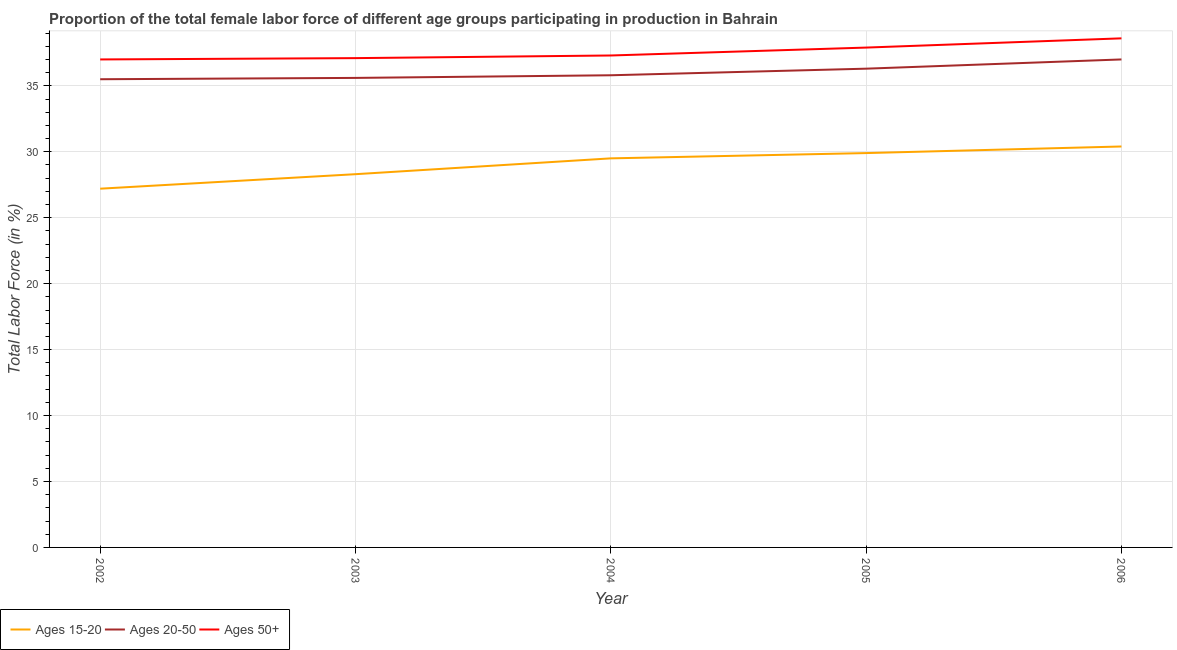
| Year | Ages 15-20 | Ages 20-50 | Ages 50+ |
 | --- | --- | --- | --- |
 | 2002 | 27.2 | 35.5 | 37 |
 | 2003 | 28.3 | 35.6 | 37.1 |
 | 2004 | 29.5 | 35.8 | 37.3 |
 | 2005 | 29.9 | 36.3 | 37.9 |
 | 2006 | 30.4 | 37 | 38.6 |